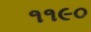
૧૧૯૦